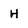
Character: H